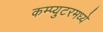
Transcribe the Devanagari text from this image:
कम्प्युटरमध्ये